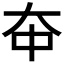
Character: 𫯞